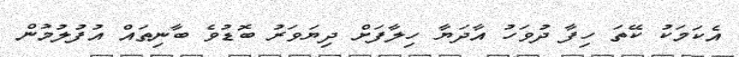
އެކަމަކު ކޭތަ ހިފާ ދުވަހު އާދަޔާ ހިލާފަށް ދިޔަވަރު ބޮޑުވެ ބާނިތައް އުފުލުމުން